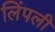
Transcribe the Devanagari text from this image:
लिंपली